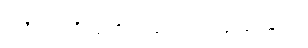
အရိယာပုဂ္ဂိုလ်တို့ အဆင့်ဆင့် ဖြစ်ရပုံများ။